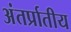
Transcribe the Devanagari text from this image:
अंतर्प्रातीय